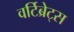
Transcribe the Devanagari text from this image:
वर्टिब्रेट्स